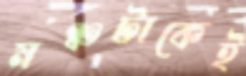
মঞ্চটাকেই